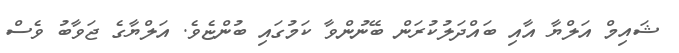
ޝައިމް އަލްޔާ އާއި ބައްދަލުކުރަން ބޭނުންވާ ކަމުގައި ބުންޏެވެ. އަލްޔާގެ ޖަވާބު ވެސް